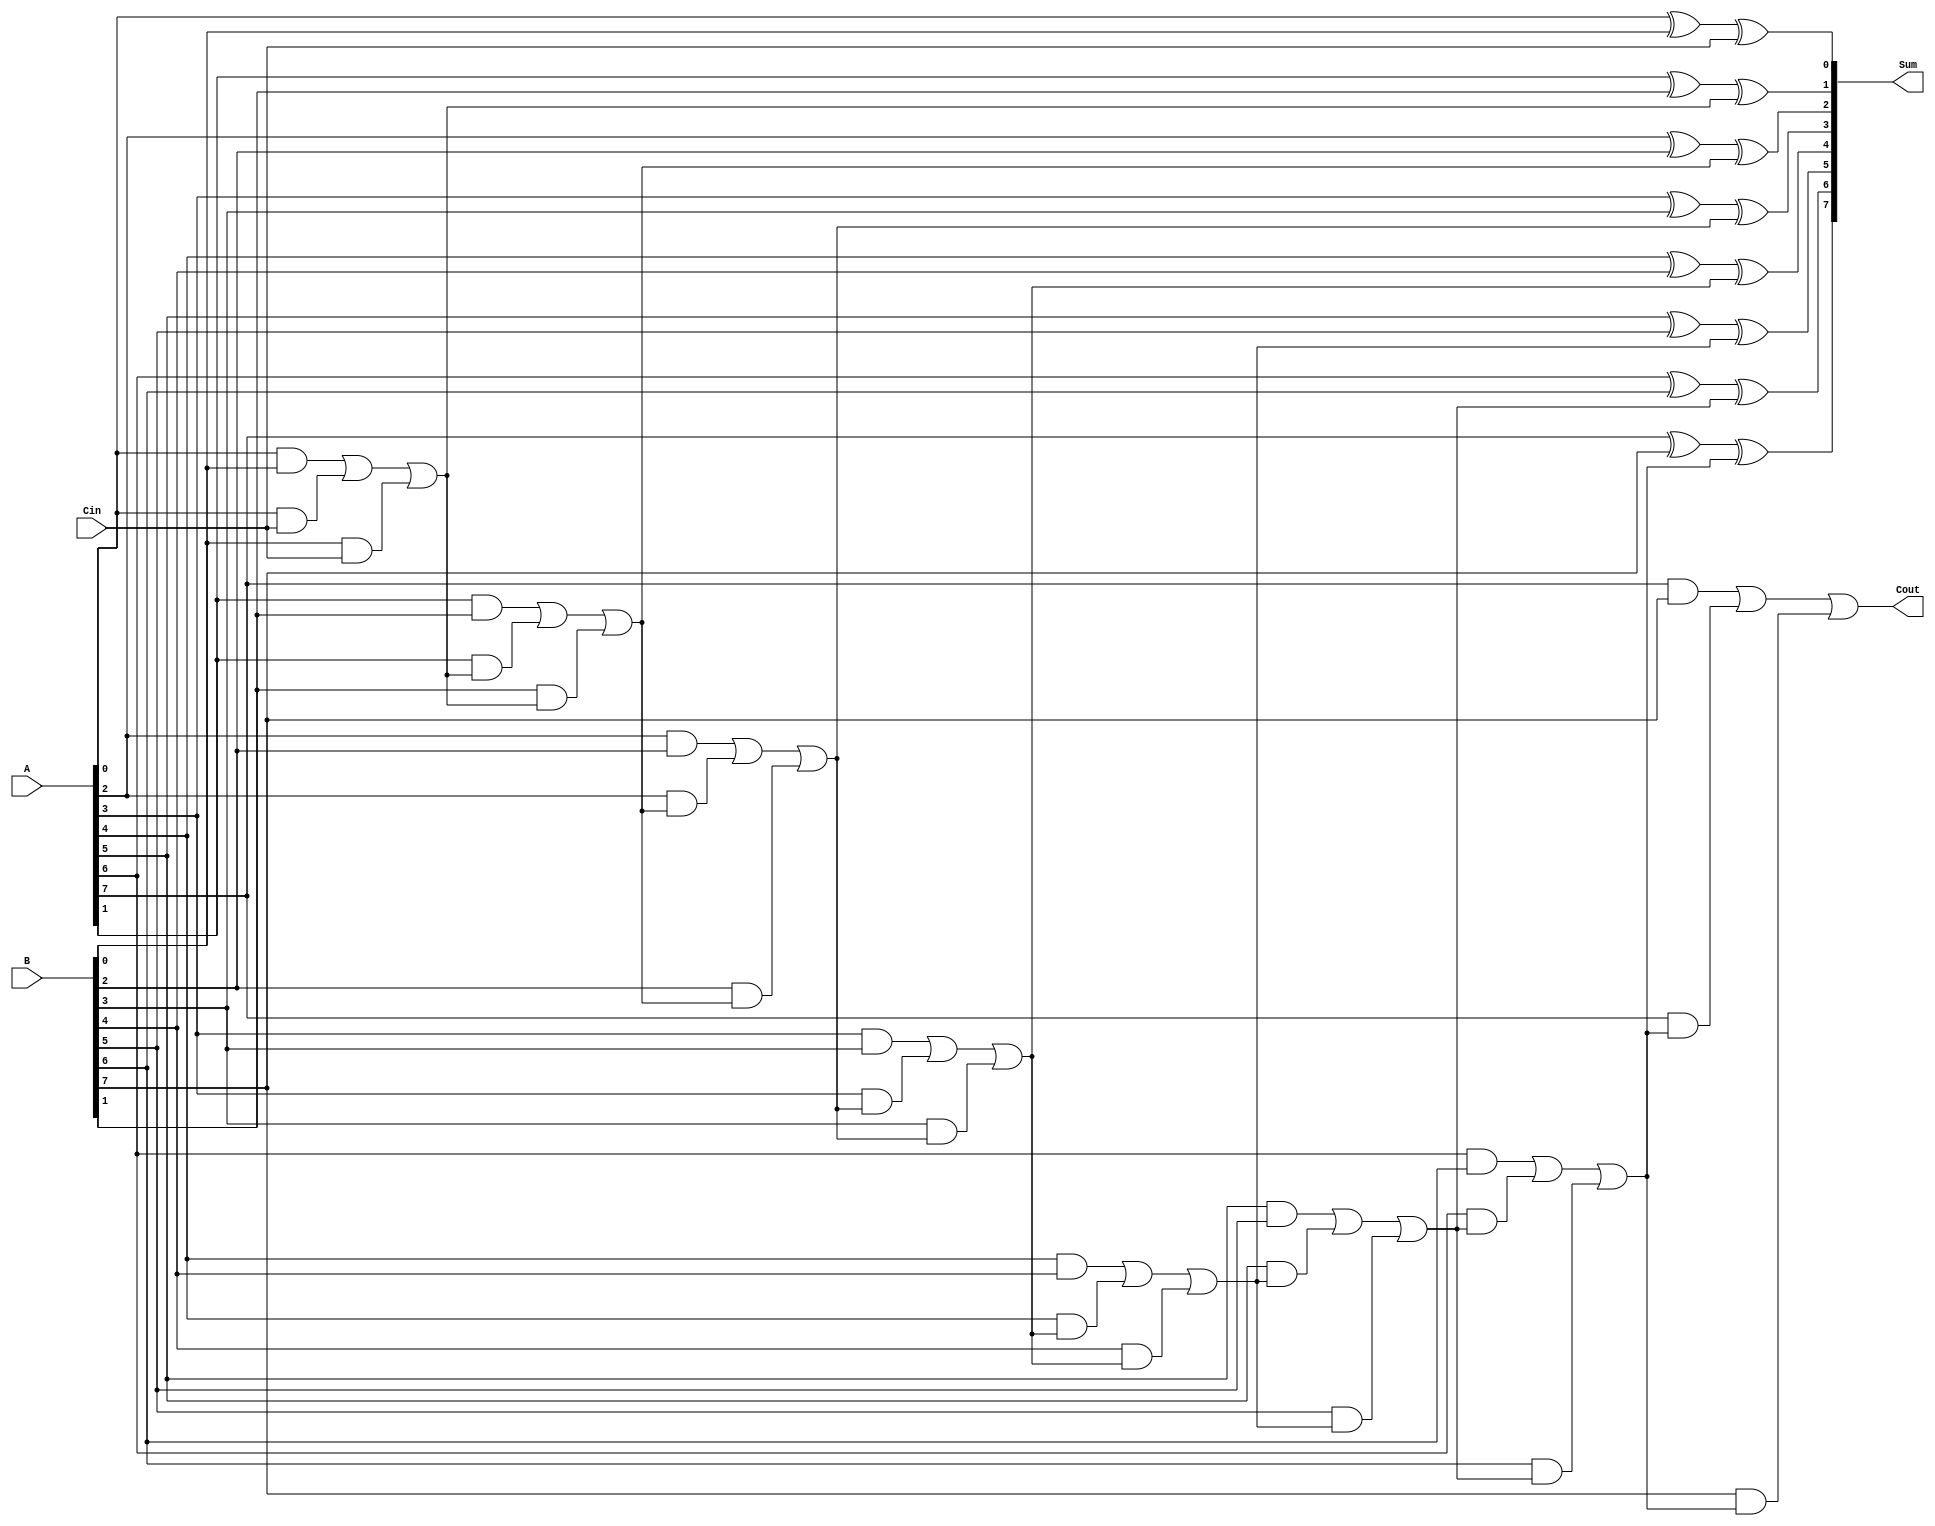
module ManchesterCarryChainAdder #(parameter WIDTH = 8) (
    input  wire [WIDTH-1:0] A,    // First operand
    input  wire [WIDTH-1:0] B,    // Second operand
    input  wire Cin,               // Carry-in
    output wire [WIDTH-1:0] Sum,   // Sum output
    output wire Cout               // Carry-out
);

    wire [WIDTH:0] carry; // Carry signals, one extra for the final carry-out

    // Generate carry signals using Manchester carry logic
    genvar i;
    generate
        for (i = 0; i < WIDTH; i = i + 1) begin : carry_gen
            // Carry generation
            if (i == 0) begin
                assign carry[i] = (A[i] & B[i]) | (A[i] & Cin) | (B[i] & Cin);
            end else begin
                assign carry[i] = (A[i] & B[i]) | (A[i] & carry[i-1]) | (B[i] & carry[i-1]);
            end
        end
    endgenerate

    // Compute sum bits
    generate
        for (i = 0; i < WIDTH; i = i + 1) begin : sum_gen
            if (i == 0) begin
                assign Sum[i] = A[i] ^ B[i] ^ Cin; // First sum bit
            end else begin
                assign Sum[i] = A[i] ^ B[i] ^ carry[i-1]; // Subsequent sum bits
            end
        end
    endgenerate

    // Final carry-out
    assign Cout = carry[WIDTH-1];

endmodule